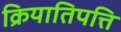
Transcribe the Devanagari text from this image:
क्रियातिपत्ति